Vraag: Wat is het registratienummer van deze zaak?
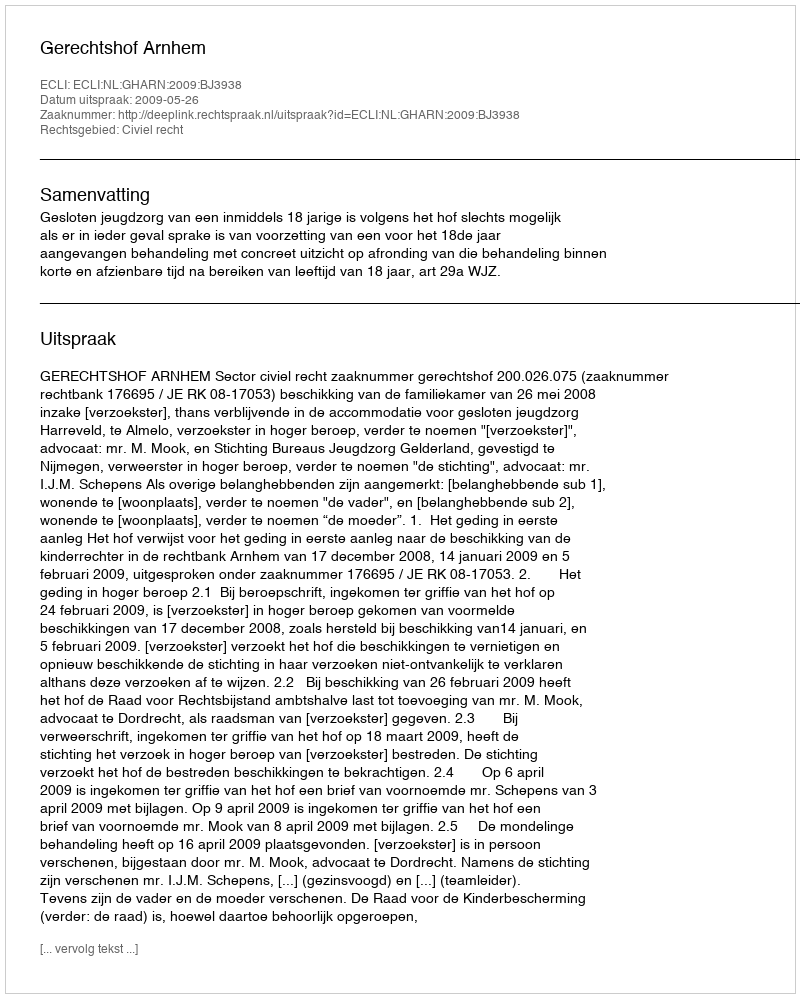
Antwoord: http://deeplink.rechtspraak.nl/uitspraak?id=ECLI:NL:GHARN:2009:BJ3938